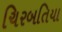
ચિરબતિયા